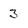
Character: 3